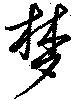
梦